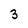
Character: 3